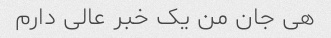
هی جان من یک خبر عالی دارم